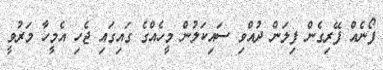
ފޯނެއް ފޭރިގެން ފިލަން ދުއްވި ސައިކަލުން މީހެއްގެ ގައިގައި ޖެހި އެމީހާ މަރުވީ